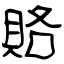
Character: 賂